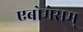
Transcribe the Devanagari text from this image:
एबोमेसम्